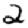
Digit: 2